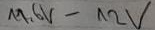
Text: 1,6V-12V